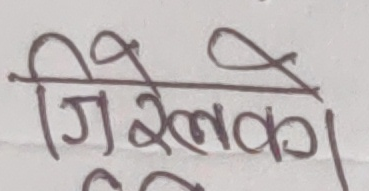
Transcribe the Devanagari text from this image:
जिरेलक।